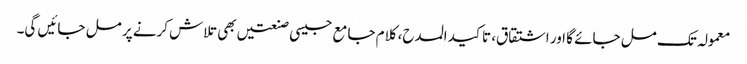
معمولہ تک مل جائے گا اور اشتقاق، تاکید المدح، کلام جامع جیسی صنعتیں بھی تلاش کرنے پر مل جائیں گی۔